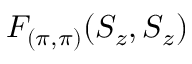
F _ { ( \pi , \pi ) } ( S _ { z } , S _ { z } )